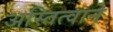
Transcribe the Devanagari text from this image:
अस्तित्‍वाने